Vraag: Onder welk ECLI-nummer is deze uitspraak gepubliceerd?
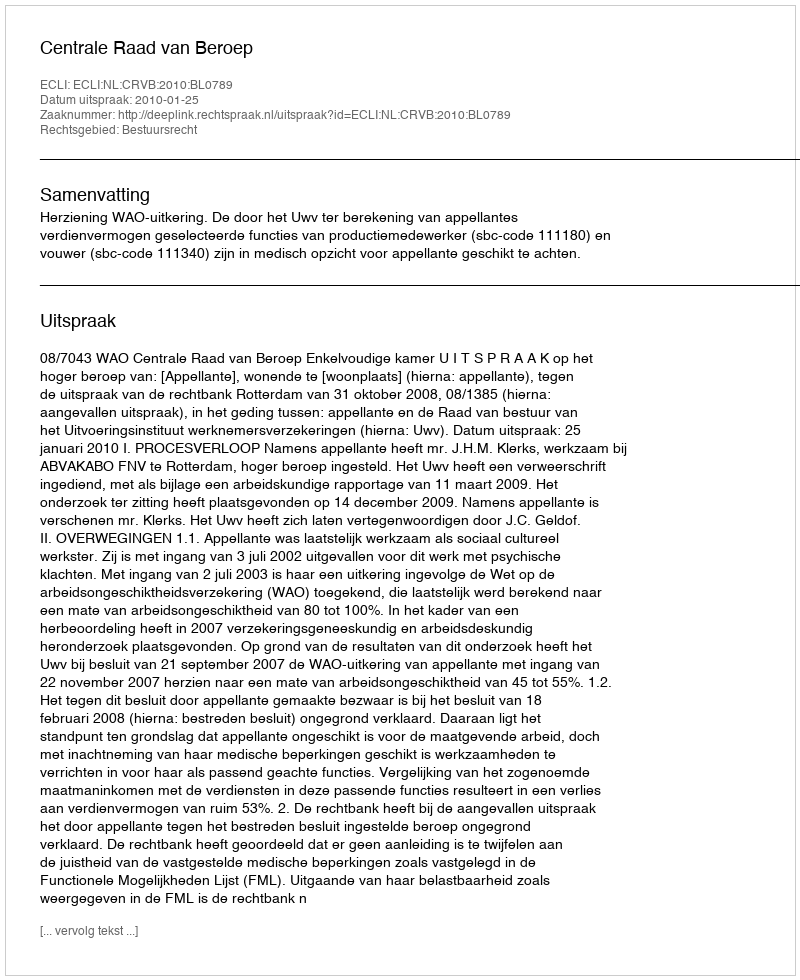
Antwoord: ECLI:NL:CRVB:2010:BL0789